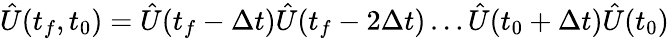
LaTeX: {\hat{U}(t_{f},t_{0})=\hat{U}(t_{f}-\Delta t)\hat{U}(t_{f}-2\Delta t)\ldots\hat{U}(t_{0}+\Delta t)\hat{U}(t_{0})}